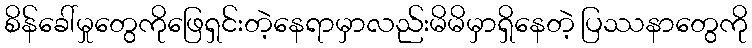
စိန်ခေါ်မှုတွေကိုဖြေရှင်းတဲ့နေရာမှာလည်းမိမိမှာရှိနေတဲ့ ပြဿနာတွေကို